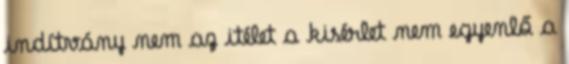
indítvány nem az itélet a kisérlet nem egyenlő a